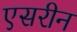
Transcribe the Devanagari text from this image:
एसरीन